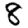
Digit: 8